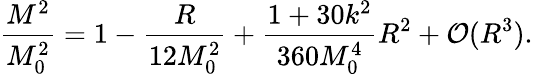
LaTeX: \frac{M^{2}}{M_{0}^{2}}=1-\frac{R}{12M_{0}^{2}}+\frac{1+30k^{2}}{360M_{0}^{4}}R^{2}+{\cal O}(R^{3}).